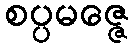
စပ္ပမဇ္ဇေ